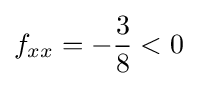
f_{xx}=-{\frac {3}{8}}<0